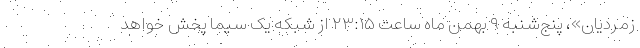
زمردیان»، پنج‌شنبه ۹ بهمن ماه ساعت ۲۳:۱۵ از شبکه یک سیما پخش خواهد